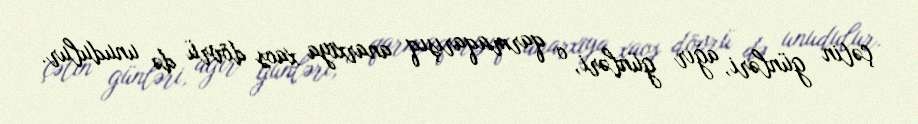
çətin günləri, ağır günləri, o qarmaqarışıq anarxiya xaos dövrü də unudulur.